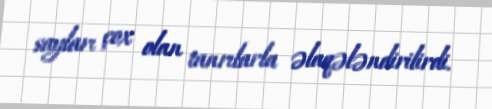
sayları çox olan tanrılarla əlaqələndirilirdi.